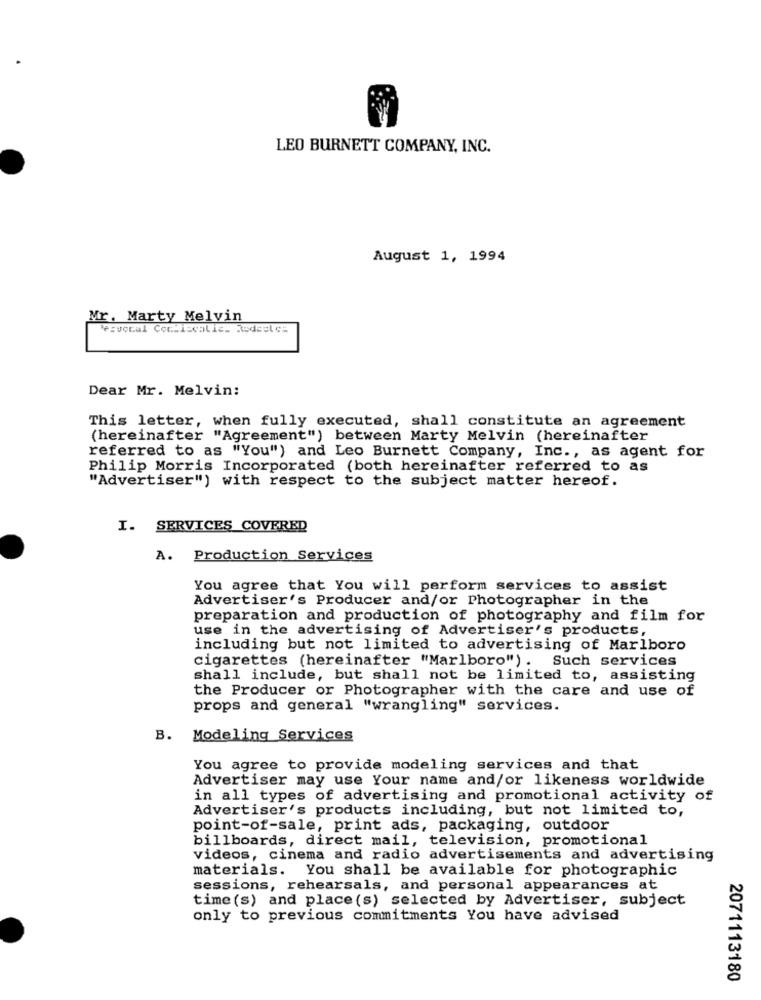
LEO BURNETT COMPANY, INC.
August 1, 1994
Mr. Marty Melvin
"Pcvocal Corti calis_ Rodeet cs
Dear Mr. Melvin:
This letter, when fully executed, shall constitute an agreement
(hereinafter "Agreement") between Marty Melvin (hereinafter
referred to as "You") and Leo Burnett Company, Inc ., as agent for
Philip Morris Incorporated (both hereinafter referred to as
"Advertiser") with respect to the subject matter hereof.
I. SERVICES COVERED
A.
Production Services
You agree that You will perform services to assist
Advertiser's Producer and/or Photographer in the
preparation and production of photography and film for
use in the advertising of Advertiser's products,
including but not limited to advertising of Marlboro
cigarettes (hereinafter "Marlboro") .
Such services
shall include, but shall not be limited to, assisting
the Producer or Photographer with the care and use of
props and general "wrangling" services.
B.
Modeling Services
You agree to provide modeling services and that
Advertiser may use Your name and/or likeness worldwide
in all types of advertising and promotional activity of
Advertiser's products including, but not limited to,
point-of-sale, print ads, packaging, outdoor
billboards, direct mail, television, promotional
videos, cinema and radio advertisements and advertising
materials. You shall be available for photographic
sessions, rehearsals, and personal appearances at
time(s) and place(s) selected by Advertiser, subject
only to previous commitments You have advised
2071113180